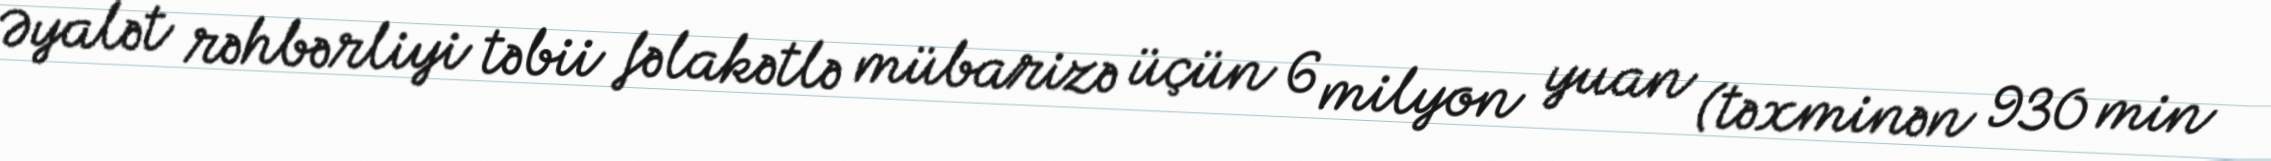
Əyalət rəhbərliyi təbii fəlakətlə mübarizə üçün 6 milyon yuan (təxminən 930 min